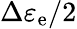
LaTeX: \Delta\varepsilon_{\mathrm{e}}/2